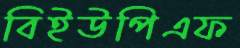
বিইউপিএফ